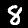
Label: 8